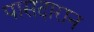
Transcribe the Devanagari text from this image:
पासदारान